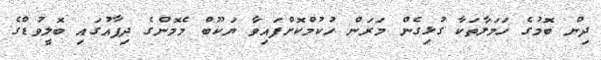
ދިން ބޮމުގެ ހަމަލާތަކާ ގުޅިގެން މަރަން ހުކުމްކޮށްފައިވާ ޔަކޫބް މެމޮންގެ ދިފާއުގައި ބޮލީވުޑްގެ